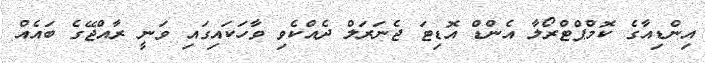
އިންޑިއާގެ ކޮމްޕްޓްރޯލާ އެންޑް އޮޑިޓަ ޖެނަރަލް ދެއްކެވި ވާހަކައިގައި ވަނީ ރާއްޖޭގެ ބައެއް